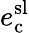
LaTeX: e_{\mathrm{c}}^{\mathrm{sl}}